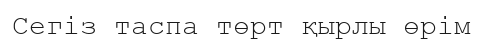
Сегіз таспа төрт қырлы өрім